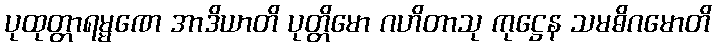
ပုထုတ္တာရမ္မဏေ အာဒိယာတိ ပုတ္တိမော ဂဟိတာသု ကုဋ္ဌေန သမဓိဂမောတိ